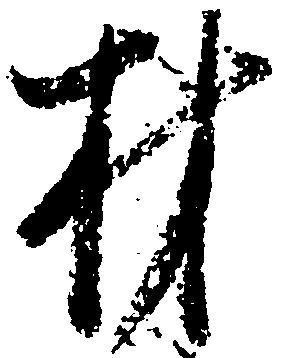
材